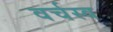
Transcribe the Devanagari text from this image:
वर्चस्‍व